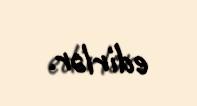
edirlər.